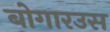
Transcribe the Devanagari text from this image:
बोगारउस